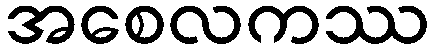
အစေလကဿ